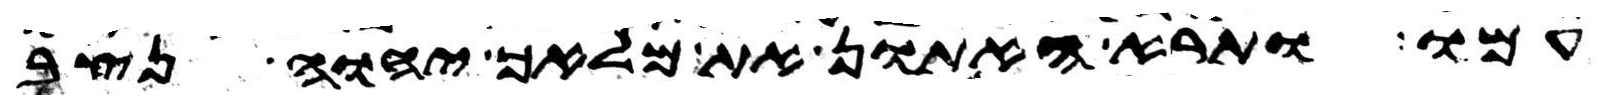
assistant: עמו ותרא האתון את מלאך יהוה נצב